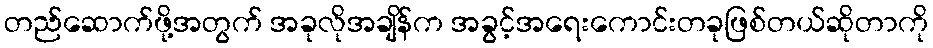
တည်ဆောက်ဖို့အတွက် အခုလိုအချိန်က အခွင့်အရေးကောင်းတခုဖြစ်တယ်ဆိုတာကို